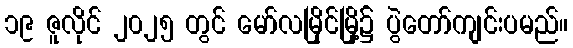
၁၉ ဇူလိုင် ၂၀၂၅ တွင် မော်လမြိုင်မြို့၌ ပွဲတော်ကျင်းပမည်။